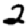
Digit: 2